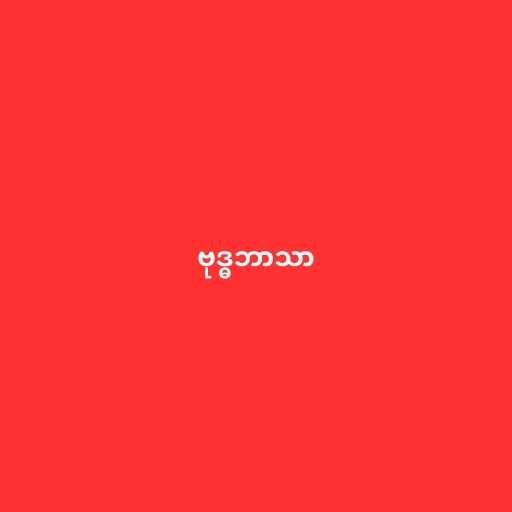
ဗုဒ္ဓဘာသာ